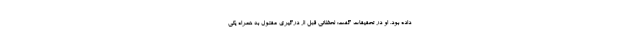
داده بود. او در تحقیقات گفت: لحظاتی قبل از درگیری مقتول به همراه یکی